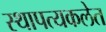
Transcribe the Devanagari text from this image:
स्थापत्यकलेत